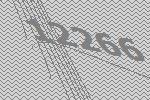
12266